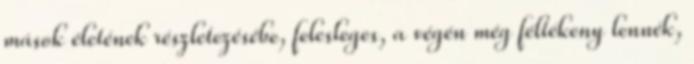
mások életének részletezésébe, felesleges, a végén még féltékeny lennék,